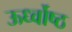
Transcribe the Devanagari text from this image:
ऊर्ध्वोष्ठ